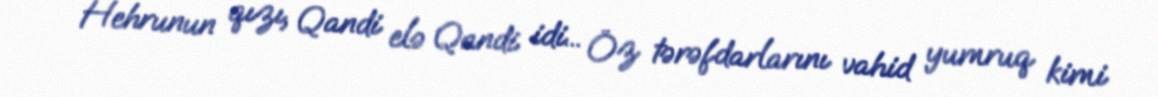
Hehrunun qızı, Qandi elə Qandi idi... Öz tərəfdarlarını vahid yumruq kimi